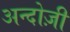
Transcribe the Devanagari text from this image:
अन्दोज़ी